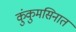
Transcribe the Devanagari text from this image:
कुंकुमसिनात